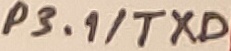
Text: P3.1/TXD